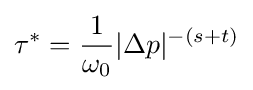
\tau ^{*}={\frac {1}{\omega _{0}}}|\Delta p|^{-(s+t)}